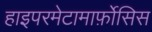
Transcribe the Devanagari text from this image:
हाइपरमेटामार्फ़ोसिस